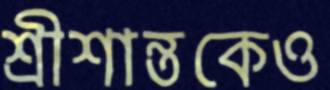
শ্রীশান্তকেও